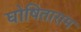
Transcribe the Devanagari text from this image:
घोषिताराम